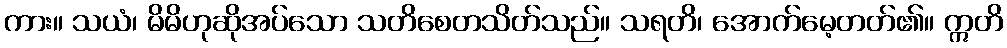
ကား။ သယံ၊ မိမိဟုဆိုအပ်သော သတိစေတသိတ်သည်။ သရတိ၊ အောက်မေ့တတ်၏။ ဣတိ